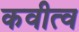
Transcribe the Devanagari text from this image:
कवीत्व